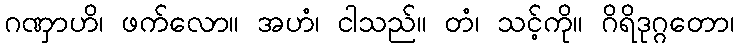
ဂဏှာဟိ၊ ဖက်လော။ အဟံ၊ ငါသည်။ တံ၊ သင့်ကို။ ဂိရိဒုဂ္ဂတော၊